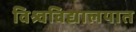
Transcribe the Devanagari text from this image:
विश्र्वविद्यालयात